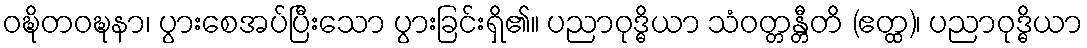
ဝဍ္ဎိတဝဍ္ဎနာ၊ ပွားစေအပ်ပြီးသော ပွားခြင်းရှိ၏။ ပညာဝုဒ္ဓိယာ သံဝတ္တန္တီတိ (ဧတ္ထ)၊ ပညာဝုဒ္ဓိယာ